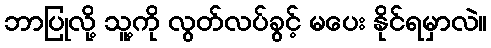
ဘာပြုလို့ သူ့ကို လွတ်လပ်ခွင့် မပေး နိုင်ရမှာလဲ။